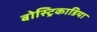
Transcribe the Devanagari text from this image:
बोस्ट्रिकाडिया